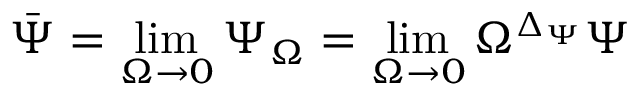
\bar { \Psi } = \operatorname * { l i m } _ { \Omega \to 0 } \Psi _ { \Omega } = \operatorname * { l i m } _ { \Omega \to 0 } \Omega ^ { \Delta _ { \Psi } } \Psi